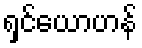
ရှင်ယောဟန်